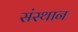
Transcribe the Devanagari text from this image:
संस्थान